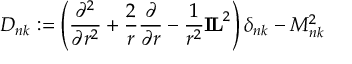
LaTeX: F _ { \pi } ( Q ^ { 2 } ) = 1 - { \frac { \left( 1 + 6 s _ { 0 } / Q ^ { 2 } \right) } { \left( 1 + 4 s _ { 0 } / Q ^ { 2 } \right) ^ { 3 / 2 } } } .